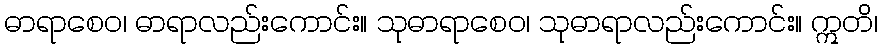
ဓာရာစေဝ၊ ဓာရာလည်းကောင်း။ သုဓာရာစေဝ၊ သုဓာရာလည်းကောင်း။ ဣတိ၊